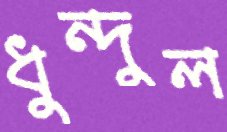
ধুন্দুল